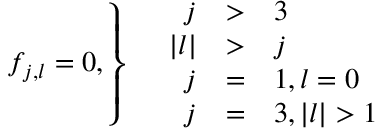
f _ { j , l } = 0 , \left\} \quad \begin{array} { r c l } { j } & { > } & { 3 } \\ { | l | } & { > } & { j } \\ { j } & { = } & { 1 , l = 0 } \\ { j } & { = } & { 3 , | l | > 1 } \end{array} \right.